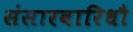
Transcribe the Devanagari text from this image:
संसारवारिधौ